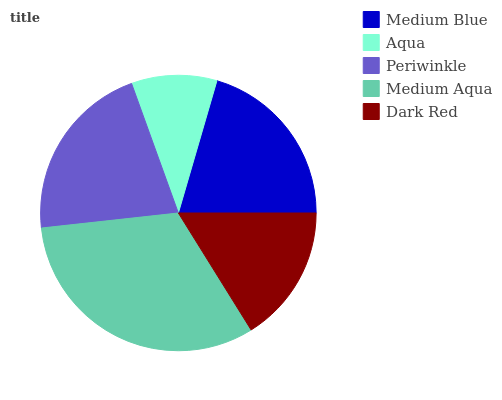
| Medium Blue | Aqua | Periwinkle | Medium Aqua | Dark Red |
 | --- | --- | --- | --- | --- |
 | 20.5% | 10% | 21.2% | 32.2% | 16.1% |